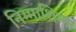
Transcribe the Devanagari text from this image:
निम्माशिम्मा